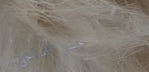
جسر الداخلي